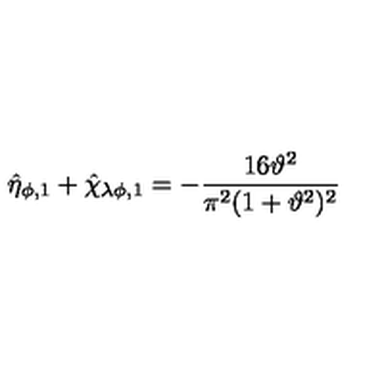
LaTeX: \hat { \eta } _ { \phi , 1 } + \hat { \chi } _ { \lambda \phi , 1 } = - \frac { 1 6 \vartheta ^ { 2 } } { \pi ^ { 2 } ( 1 + \vartheta ^ { 2 } ) ^ { 2 } }